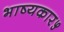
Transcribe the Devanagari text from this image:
भाष्यकार५